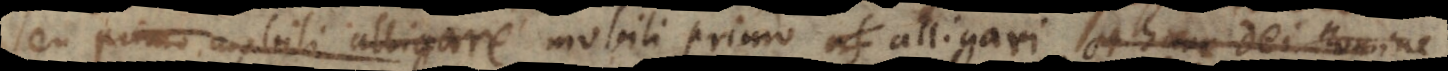
seu primo mobili alligare mobili primo alligari, et hanc Dei nomine